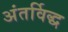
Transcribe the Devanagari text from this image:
अंतर्विद्ध